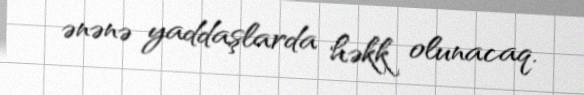
ənənə yaddaşlarda həkk olunacaq.